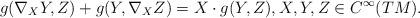
LaTeX: \begin{align*}g(\nabla_X Y, Z) + g(Y, \nabla_X Z) = X\cdot g(Y, Z), X, Y, Z \in C^\infty(TM). \end{align*}